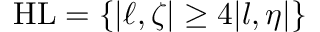
\mathrm { H } \mathrm { L } = \{ | \ell , \zeta | \geq 4 | l , \eta | \}